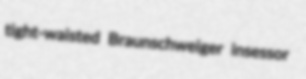
tight-waisted Braunschweiger insessor